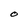
Character: O